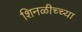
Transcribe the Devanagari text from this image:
शिनळीच्च्या